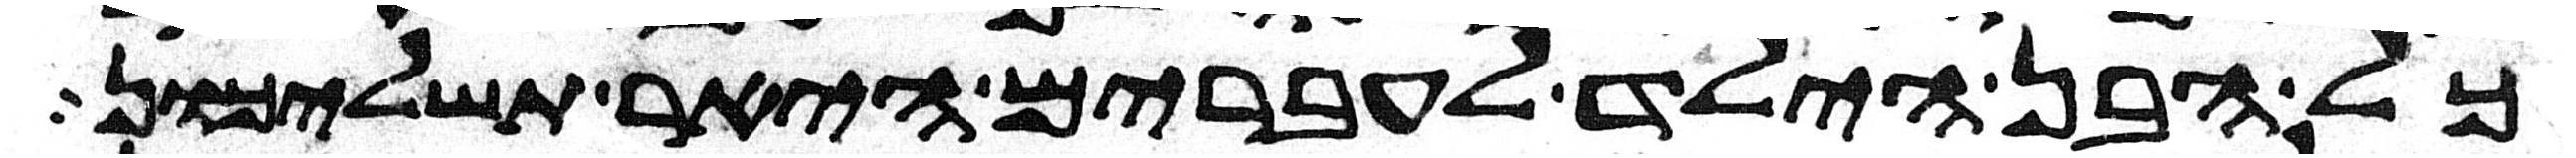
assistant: כל הבן הילד לעברים היאר תשליכון